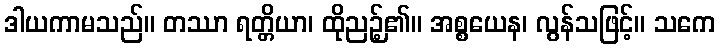
ဒါယကာမသည်။ တဿာ ရတ္တိယာ၊ ထိုညဉ့်၏။ အစ္စယေန၊ လွန်သဖြင့်။ သကေ